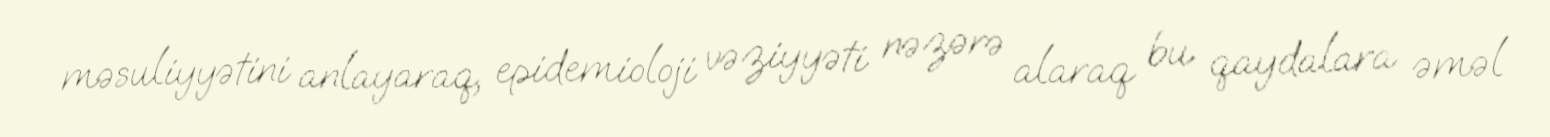
məsuliyyətini anlayaraq, epidemioloji vəziyyəti nəzərə alaraq bu qaydalara əməl